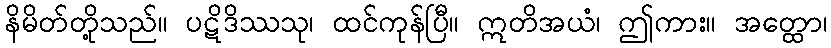
နိမိတ်တို့သည်။ ပဋိဒိဿသု၊ ထင်ကုန်ပြီ။ ဣတိအယံ၊ ဤကား။ အတ္ထော၊